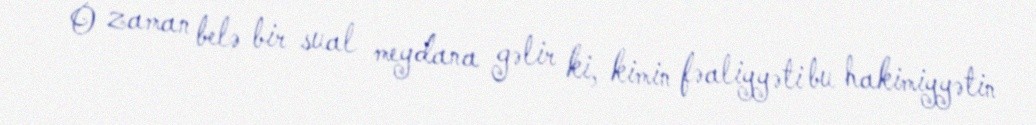
O zaman belə bir sual meydana gəlir ki, kimin fəaliyyəti bu hakimiyyətin